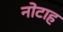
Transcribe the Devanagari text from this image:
नोटाह